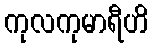
ကုလကုမာရီဟိ